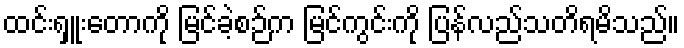
ထင်းရှူးတောကို မြင်ခဲ့စဉ်က မြင်ကွင်းကို ပြန်လည်သတိရမိသည်။